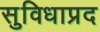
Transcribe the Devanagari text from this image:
सुविधाप्रद